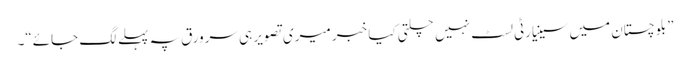
”بلوچستان میں سینیارٹی لسٹ نہیں چلتی کیا خبر میری تصویر ہی سرورق پہ پہلے لگ جائے“۔